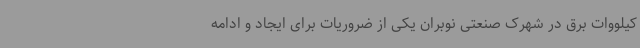
کیلووات برق در شهرک صنعتی نوبران یکی از ضروریات برای ایجاد و ادامه